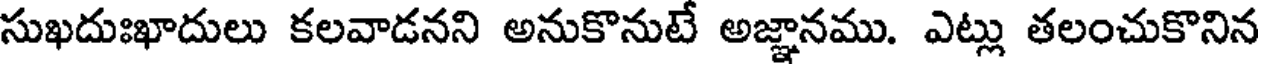
సుఖదుఃఖాదులు కలవాడనని అనుకొనుటే అజ్ఞానము. ఎట్లు తలంచుకొనిన